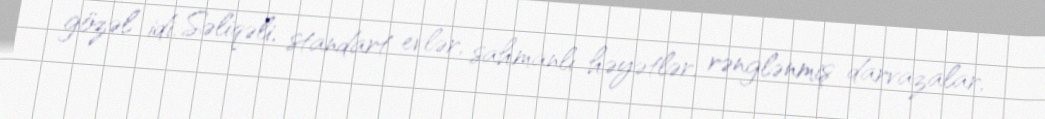
gözəl idi. Səliqəli, standart evlər, sahmanlı həyətlər, rənglənmiş darvazalar,